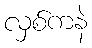
လှစ်ကနဲ